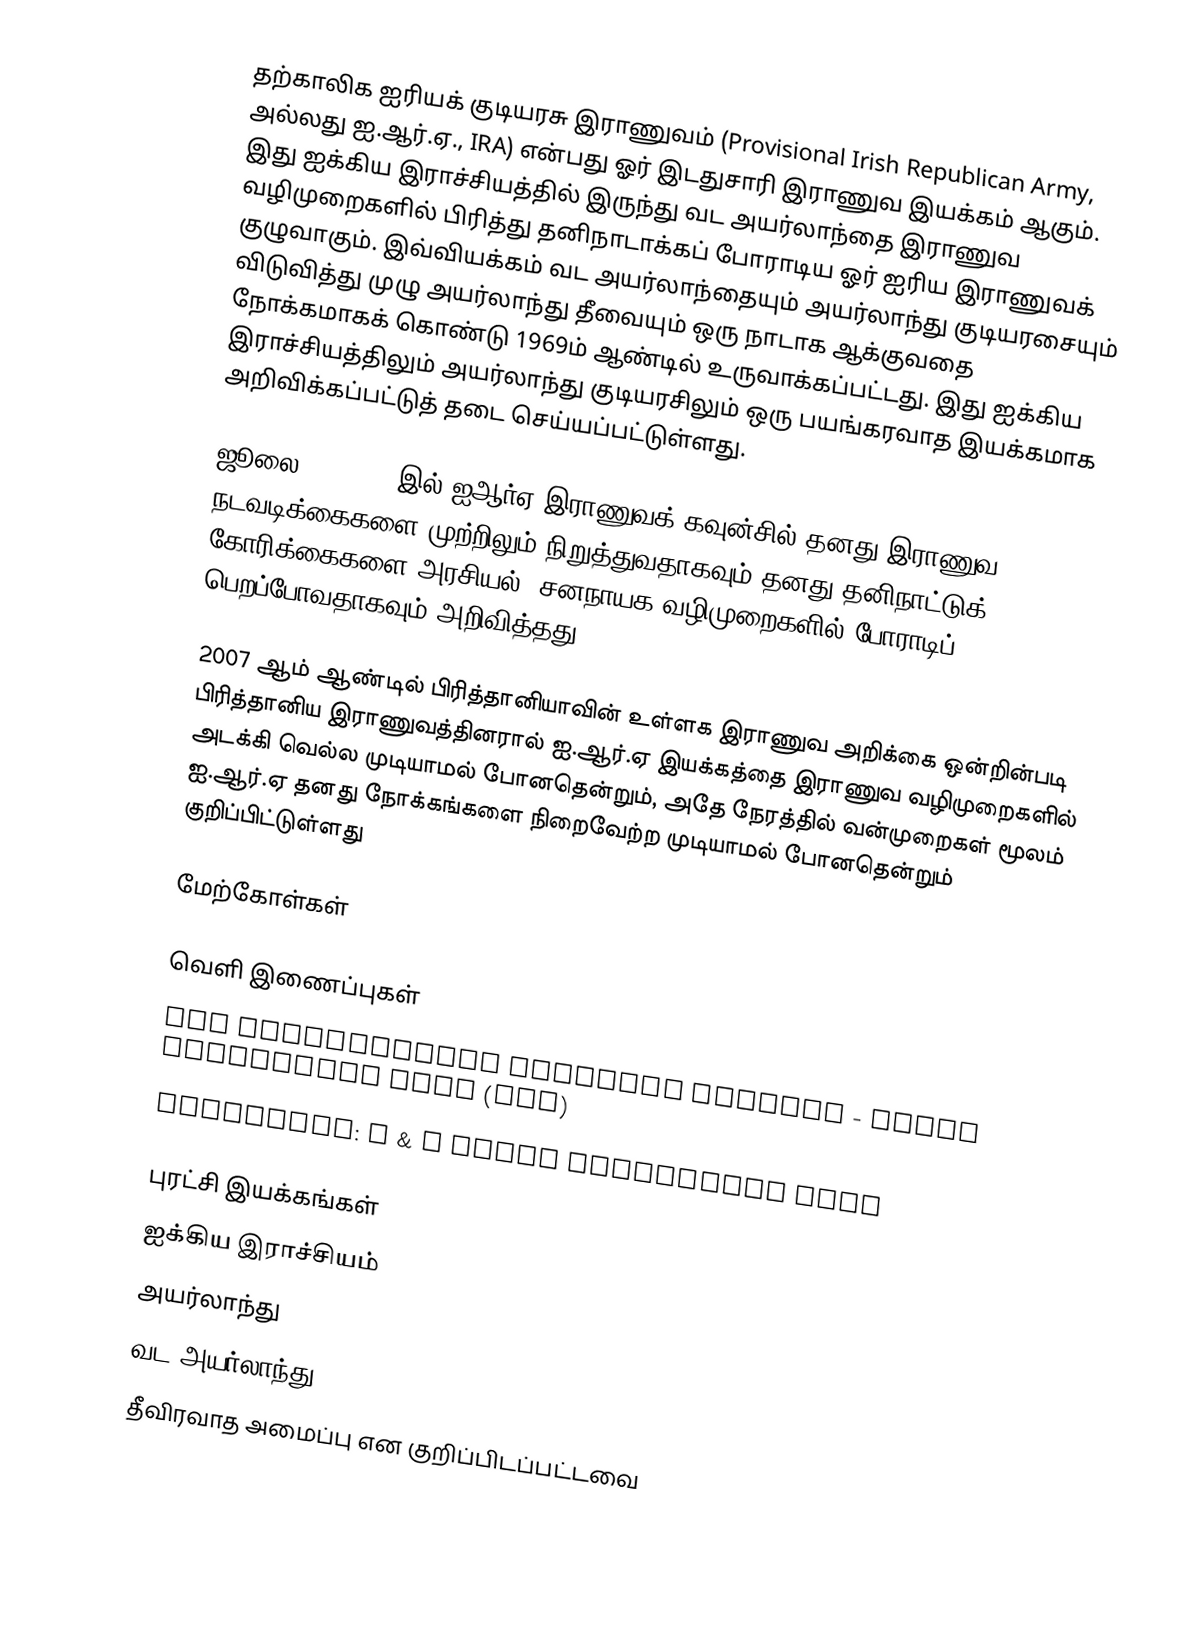
தற்காலிக ஐரியக் குடியரசு இராணுவம் (Provisional Irish Republican Army, அல்லது ஐ.ஆர்.ஏ., IRA) என்பது ஓர் இடதுசாரி இராணுவ இயக்கம் ஆகும். இது ஐக்கிய இராச்சியத்தில் இருந்து வட அயர்லாந்தை இராணுவ வழிமுறைகளில் பிரித்து தனிநாடாக்கப் போராடிய ஓர் ஐரிய இராணுவக் குழுவாகும். இவ்வியக்கம் வட அயர்லாந்தையும் அயர்லாந்து குடியரசையும் விடுவித்து முழு அயர்லாந்து தீவையும் ஒரு நாடாக ஆக்குவதை நோக்கமாகக் கொண்டு 1969ம் ஆண்டில் உருவாக்கப்பட்டது. இது ஐக்கிய இராச்சியத்திலும் அயர்லாந்து குடியரசிலும் ஒரு பயங்கரவாத இயக்கமாக அறிவிக்கப்பட்டுத் தடை செய்யப்பட்டுள்ளது.

ஜூலை 28, 2005 இல் ஐஆர்ஏ இராணுவக் கவுன்சில் தனது இராணுவ நடவடிக்கைகளை முற்றிலும் நிறுத்துவதாகவும் தனது தனிநாட்டுக் கோரிக்கைகளை அரசியல், சனநாயக வழிமுறைகளில் போராடிப் பெறப்போவதாகவும் அறிவித்தது.

2007 ஆம் ஆண்டில் பிரித்தானியாவின் உள்ளக இராணுவ அறிக்கை ஒன்றின்படி பிரித்தானிய இராணுவத்தினரால் ஐ.ஆர்.ஏ இயக்கத்தை இராணுவ வழிமுறைகளில் அடக்கி வெல்ல முடியாமல் போனதென்றும், அதே நேரத்தில் வன்முறைகள் மூலம் ஐ.ஆர்.ஏ தனது நோக்கங்களை நிறைவேற்ற முடியாமல் போனதென்றும் குறிப்பிட்டுள்ளது

மேற்கோள்கள்

வெளி இணைப்புகள்
 FAS Intelligence Resource Program - Irish Republican Army (IRA)
 Terrorism: Q & A Irish Republican Army

புரட்சி இயக்கங்கள்
ஐக்கிய இராச்சியம்
அயர்லாந்து
வட அயர்லாந்து
தீவிரவாத அமைப்பு என குறிப்பிடப்பட்டவை